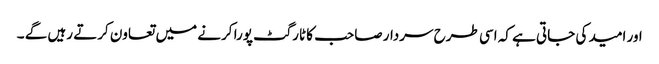
اور امید کی جاتی ہے کہ اسی طرح سردار صاحب کا ٹارگٹ پورا کرنے میں تعاون کرتے رہیں گے ۔